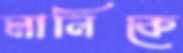
মানিকে